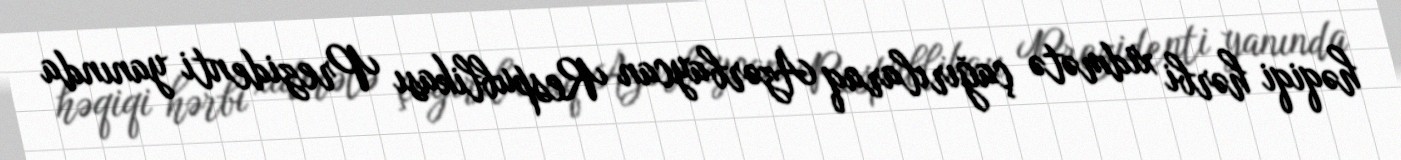
həqiqi hərbi xidmətə çağırılaraq Azərbaycan Respublikası Prezidenti yanında